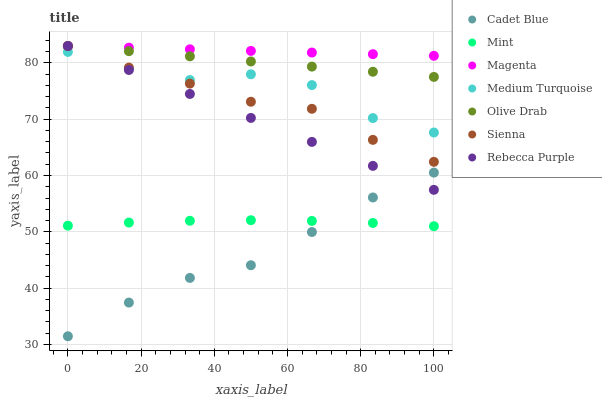
| xaxis_label | Cadet Blue | Mint | Magenta | Medium Turquoise | Olive Drab | Sienna | Rebecca Purple |
 | --- | --- | --- | --- | --- | --- | --- | --- |
 | 0 | 31.4 | 51.1 | 83 | 81.9 | 83 | 83 | 83 |
 | 16.7 | 37.4 | 51.6 | 82.7 | 78.9 | 82.1 | 79.2 | 78.7 |
 | 33.3 | 41.8 | 52 | 82.4 | 77 | 81.2 | 76.3 | 74.5 |
 | 50 | 44.1 | 52.1 | 82.1 | 78 | 80.3 | 73.1 | 70.2 |
 | 66.7 | 50 | 51.9 | 81.8 | 76.1 | 79.3 | 71.8 | 66 |
 | 83.3 | 56.1 | 51.6 | 81.6 | 70.2 | 78.4 | 66.3 | 61.7 |
 | 100 | 60.5 | 51 | 81.3 | 67.6 | 77.5 | 62.4 | 57.5 |